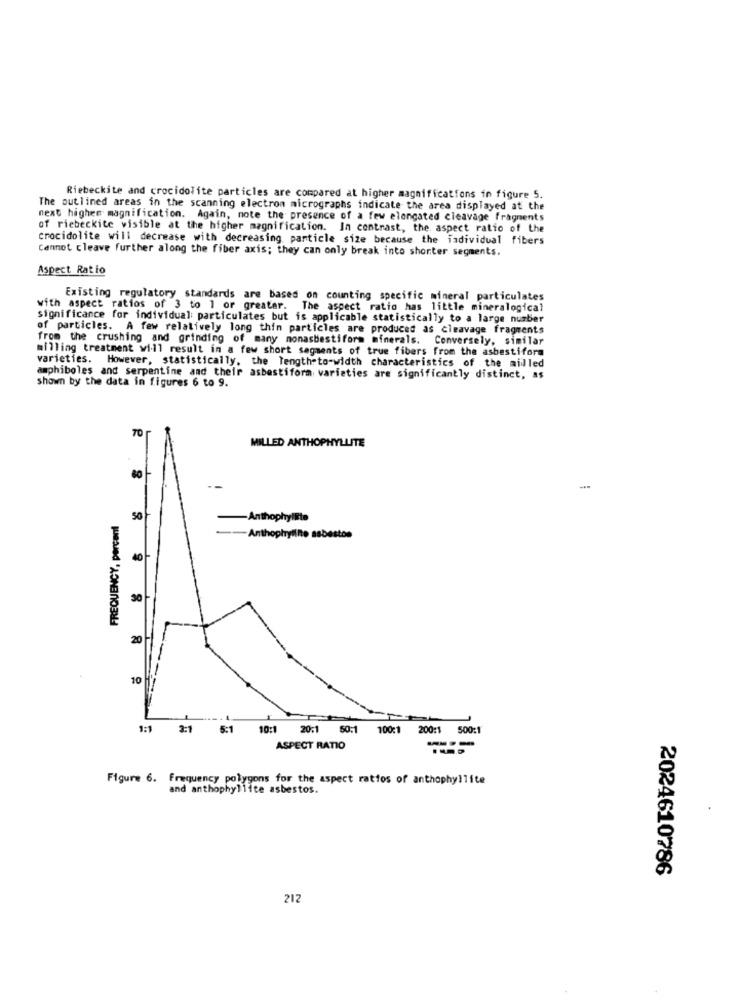
Riebeckite and crocidolite particles are compared at higher magnificatfons in figure 5.
The outlined areas in the scanning electron micrographs indicate the area displayed at the
next higher magnification. Again, note the presence of a few elongated cleavage fragments
of riebeckite visible at the higher magnification. In contrast, the aspect ratio of the
crocidolite will decrease with decreasing particle size because the individual fibers
Cannot cleave further along the fiber axis; they can only break into shonter segments.
Aspect Ratio
Existing regulatory standards are based on counting specific mineral particulates
with aspect ratios of 3 to 1 or greater. The aspect ratio has little mineralogical
significance for individual particulates but is applicable statistically to a large number
of particles. A few relatively long thin particles are produced as cleavage fragments
from the crushing and grinding of many monasbestiform minerals. Conversely, similar
milling treatment will result in a few short segments of true fibers from the asbestiform
varieties. However, statistically, the length-to-width characteristics of the midled
shown by the data in figures 6 to 9.
amphiboles and serpentine and their asbestiform varieties are significantly distinct, a$
70 г
MILLED ANTHOPHYLLITE
60
--
FREQUENCY, percent
50
Anthophyllite
--- Anthophylinte asbestos
40 -
30
20
-
10
1:1
2:1
5:1
10:1
20:1 50:1 100:1
200:1
500:1
ASPECT RATIO
---
Figure 6. Frequency polygons for the aspect ratios of anthophyllite
and anthophyllite asbestos.
2024610786
212